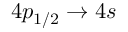
4 p _ { 1 / 2 } \rightarrow 4 s